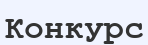
Конкурс